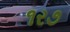
૧ર૭